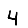
Digit: 4